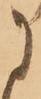
に